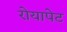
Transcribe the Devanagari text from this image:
रोयापेट